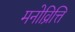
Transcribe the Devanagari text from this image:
मनोव्रित्ति